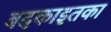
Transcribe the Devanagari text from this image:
बदकाइतका